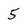
Character: 5